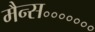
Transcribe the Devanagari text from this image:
मैन्स॰॰॰॰॰॰॰